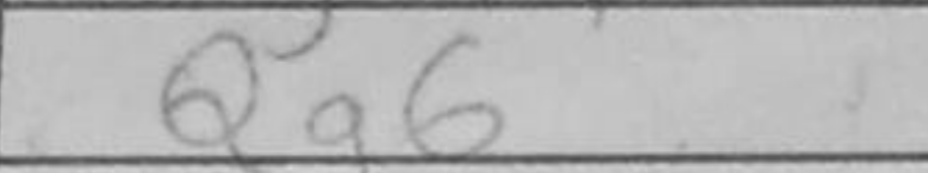
Transcription: Qg6